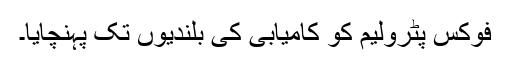
فوکس پٹرولیم کو کامیابی کی بلندیوں تک پہنچایا۔